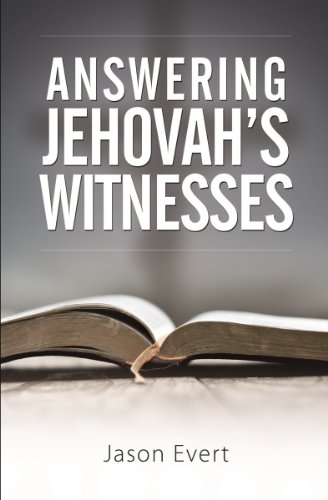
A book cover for Answering Jehovah's Witnesses; Jason Evert; Christian Books & Bibles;